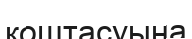
қоштасуына